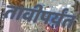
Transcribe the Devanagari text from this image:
तावीपर्यंत